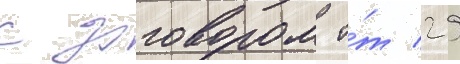
с договором о́т 29